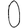
Digit: 0